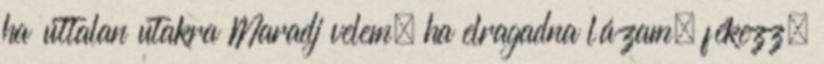
ha úttalan utakra Maradj velem, ha elragadna lázam, fékezz,